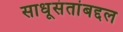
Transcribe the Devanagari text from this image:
साधूसंतांबद्दल